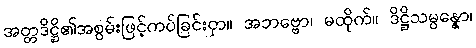
အတ္တဒိဋ္ဌိ၏အစွမ်းဖြင့်ကပ်ခြင်းငှာ။ အဘဗ္ဗော၊ မထိုက်။ ဒိဋ္ဌိသမ္ပန္နော၊